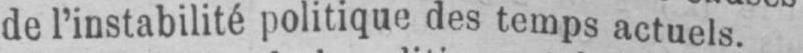
de l’instabilité politique des temps actuels.